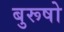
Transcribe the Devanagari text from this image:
बुरूषो